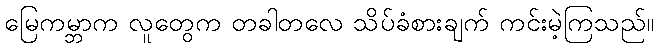
မြေကမ္ဘာက လူတွေက တခါတလေ သိပ်ခံစားချက် ကင်းမဲ့ကြသည်။